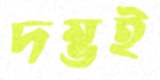
দম্ভই